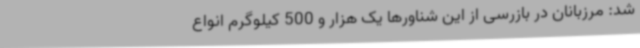
شد: مرزبانان در بازرسی از این شناورها یک هزار و 500 کیلوگرم انواع